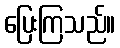
ပြေးကြသည်။